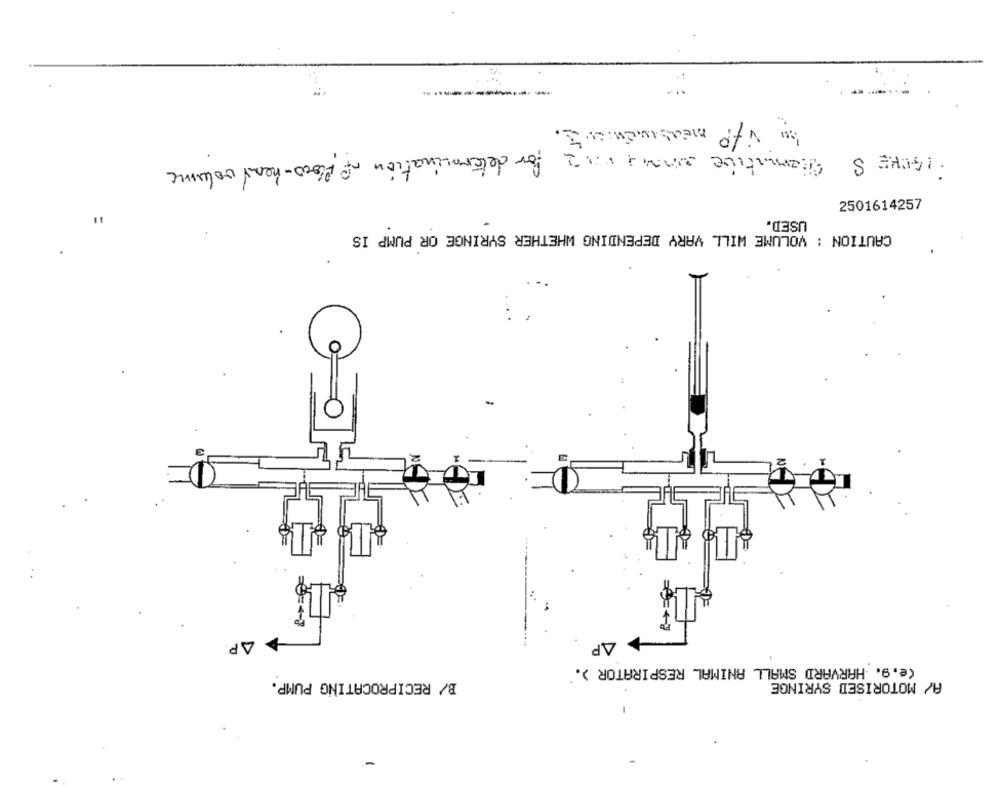
----------
medisinen er 3 .
Sternative enviar.12 for determination of flow-read volume
· I GORE S
USED.
2501614257
CAUTION : VOLUME WILL VARY DEPENDING WHETHER SYRINGE OR PUMP IS
AP.
AP
(e.9. HARVARD SMALL ANIMAL RESPIRATOR ).
B/ RECIPROCATING PUMP.
A/ MOTORISED SYRINGE
-